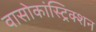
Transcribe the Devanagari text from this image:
वासोकांस्ट्रिक्शन